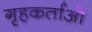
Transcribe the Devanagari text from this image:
गृहकर्ताओ